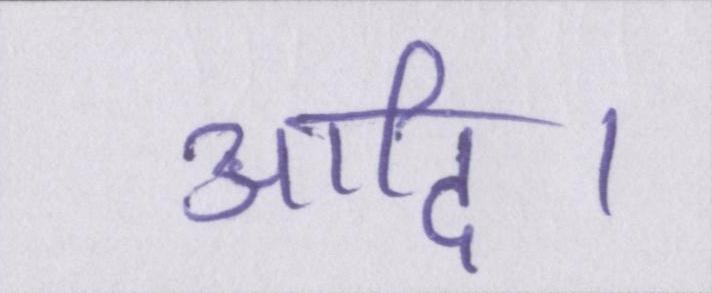
आदि।